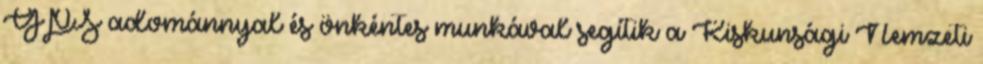
GPS adománnyal és önkéntes munkával segítik a Kiskunsági Nemzeti